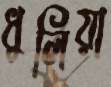
ধুলিয়া